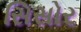
સિસોર